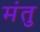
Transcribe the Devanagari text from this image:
मंतु